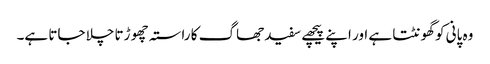
وہ پانی کو گھونٹتا ہے اور اپنے پیچھے سفید جھاگ کا راستہ چھو ڑتا چلا جاتا ہے۔